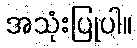
အသုံးပြုပါ။